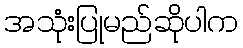
အသုံးပြုမည်ဆိုပါက